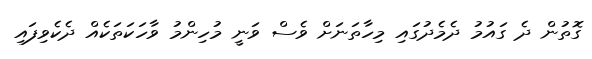
ގޮތުން ދެ ގައުމު ދެމެދުގައި މިހާތަނަށް ވެސް ވަނީ މުހިންމު ވާހަކަތަކެއް ދެކެވިފައި